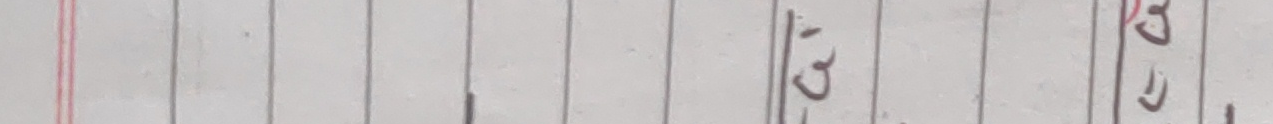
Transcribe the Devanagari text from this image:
ठ।